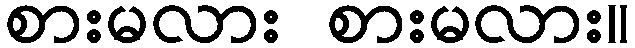
စားမလား စားမလား။